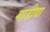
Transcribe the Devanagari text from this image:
गाडीया